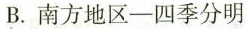
B. 南方地区——四季分明